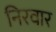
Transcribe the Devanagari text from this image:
निरवार